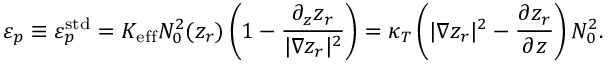
\varepsilon _ { p } \equiv \varepsilon _ { p } ^ { \mathrm { s t d } } = K _ { \mathrm { e f f } } N _ { 0 } ^ { 2 } ( z _ { r } ) \left( 1 - \frac { \partial _ { z } z _ { r } } { | \nabla z _ { r } | ^ { 2 } } \right) = \kappa _ { T } \left( | \nabla z _ { r } | ^ { 2 } - \frac { \partial z _ { r } } { \partial z } \right) N _ { 0 } ^ { 2 } .